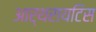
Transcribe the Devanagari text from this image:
आर्थरायटिस